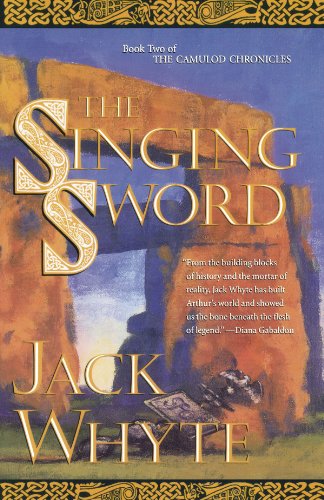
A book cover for The Singing Sword (The Camulod Chronicles, Book 2); Jack Whyte; Science Fiction & Fantasy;